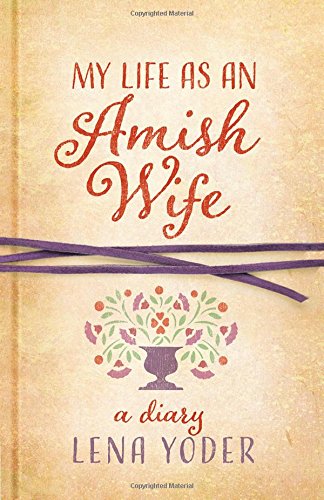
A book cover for My Life as An Amish Wife: A Diary (Plain Living); Lena Yoder; Christian Books & Bibles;